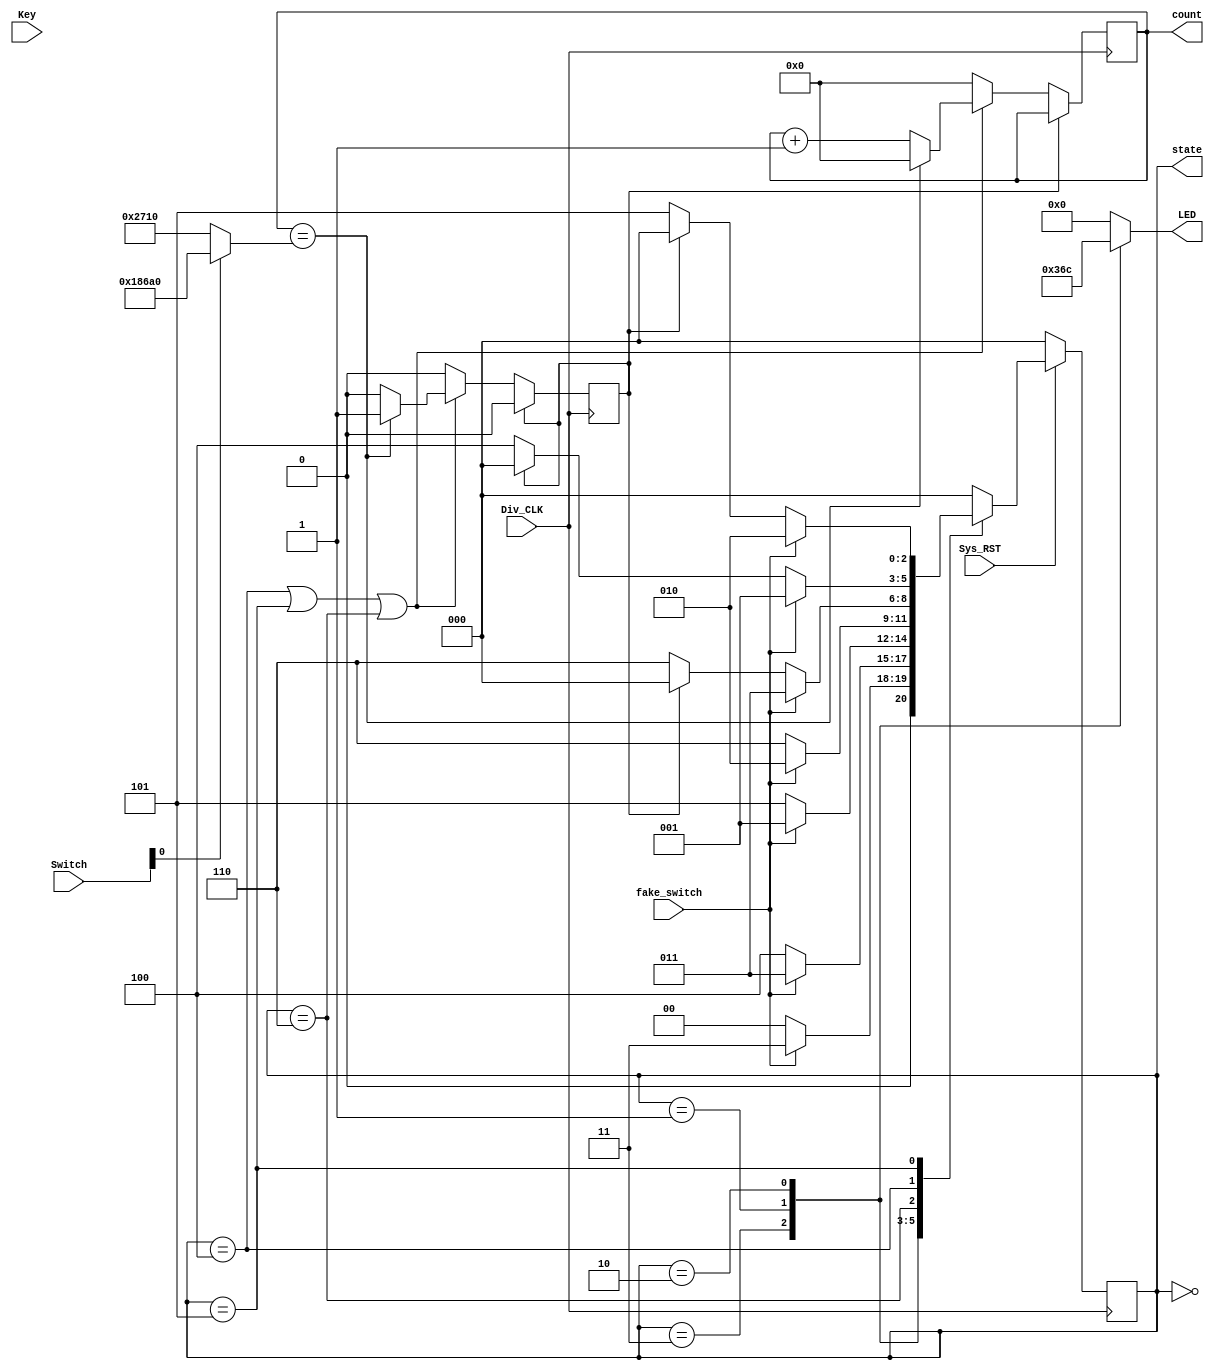
`timescale 1ns / 1ps
//////////////////////////////////////////////////////////////////////////////////
// Company: 
// Engineer: 
// 
// Design Name: 
// Module Name:    MAIN 
// Project Name: 
// Target Devices: 
// Tool versions: 
// Description: 
//
// Dependencies: 
//
// Revision: 
// Revision 0.01 - File Created
// Additional Comments: 
//
//////////////////////////////////////////////////////////////////////////////////
module MAIN(Div_CLK,Sys_RST,Key,Switch,LED,fake_switch,count,state);

input Div_CLK;
input [1:0]Key;
input [1:0]Switch;
input Sys_RST;
input fake_switch;
output reg [3:0]LED;
output reg [19:0]count;
output reg [2:0]state;

reg [2:0]nextstate;
reg shutdown;

wire [19:0]duration;

assign duration = Switch[0]?20'd100000:20'd10000; //10s1s

//
parameter IDLE = 3'd0; //
parameter SUN = 3'd1; //
parameter YELLOW = 3'd2; //
parameter WHITE = 3'd3; //
parameter WAITSUN = 3'd4; //
parameter WAITYLW = 3'd5; //
parameter WAITWHT = 3'd6; //

//[3:0]LED
parameter LIGHT_W = 4'b0011; //
parameter LIGHT_S = 4'b0110; //
parameter LIGHT_Y = 4'b1100; //
parameter LIGHT_N = 4'b0000; //

initial
begin
	count = 20'd0;
	shutdown = 1'd0;
	state = IDLE;
end

//----------------------

always@(posedge Div_CLK) //
begin
	if(!Sys_RST)
		state <= IDLE;
	else
		state <= nextstate;
end

always@(posedge Div_CLK) //WAIT
begin
	if(shutdown == 1)
		shutdown = 0;
	else if(state == WAITSUN || state == WAITYLW || state == WAITWHT)
	begin
		if(count == duration)
		begin
			count <= 20'd0;
			shutdown = 1;
		end
		else
			count <= count + 1;
	end
	else
		count <= 0;
end

//------------------------------
always@(state or shutdown or fake_switch) //
begin
	case(state)
		IDLE:
			if(fake_switch == 1)
				nextstate = WHITE;
			else
				nextstate = IDLE;
		WHITE:
			if(fake_switch == 0)
				nextstate = WAITSUN;
			else
				nextstate = WHITE;
		SUN:
			if(fake_switch == 0)
				nextstate = WAITYLW;
			else
				nextstate = SUN;
		YELLOW:
			if(fake_switch == 0)
				nextstate = WAITWHT;
			else
				nextstate = YELLOW;
		WAITWHT:
			if(fake_switch == 1)
				nextstate = WHITE;
			else if(shutdown == 1)
				nextstate = IDLE;
			else
				nextstate = WAITWHT;
		WAITSUN:
			if(fake_switch == 1)
				nextstate = SUN;
			else if(shutdown == 1)
				nextstate = IDLE;
			else
				nextstate = WAITSUN;
		WAITYLW:
			if(fake_switch == 1)
				nextstate = YELLOW;
			else if(shutdown == 1)
				nextstate = IDLE;
			else
				nextstate = WAITYLW;
		default:
			nextstate = IDLE;
	endcase
end

always@(state) //
begin
	case(state)
		IDLE   : LED = LIGHT_N;
		WHITE  : LED = LIGHT_W;
		SUN    : LED = LIGHT_S;
		YELLOW : LED = LIGHT_Y;
		//
		//WAITWHT: LED = LIGHT_Y;
		//WAITSUN: LED = LIGHT_W;
		//WAITYLW: LED = LIGHT_S;
		//
		WAITWHT: LED = LIGHT_N;
		WAITSUN: LED = LIGHT_N;
		WAITYLW: LED = LIGHT_N;
		default: LED = LIGHT_N;
	endcase
end

endmodule